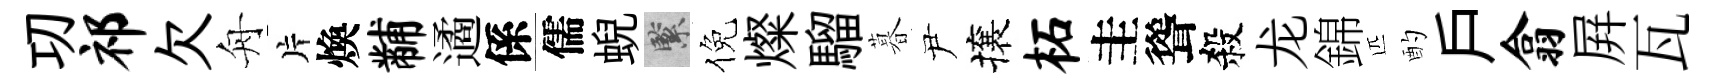
㓛祁欠舟片煥黼遹係儒蜺緊倪燦騮暮尹攘柘圭聳殺龙錦匹酌戶翕屛瓦